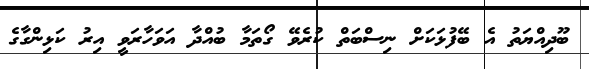
ބޫދިއްޔަތު އެ ބޭފުޅަކަށް ނިސްބަތް ކުރެވޭ ގޯތަމާ ބުއްދާ އަވަހާރަވީ އިރު ކަޅިންގާގެ